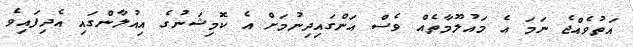
އަތުވެއްޖެ ނަމަ އެ މައުލޫމާތެއް ވެސް އަންގައިދިނުމަށް އެ ކޮމިޝަނުގެ އިއުލާންގައި އެދިފައިވެ